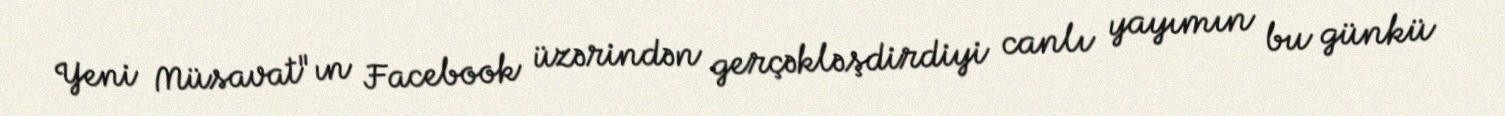
Yeni Müsavat"ın Facebook üzərindən gerçəkləşdirdiyi canlı yayımın bu günkü